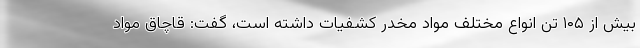
بیش از ۱۰۵ تن انواع مختلف مواد مخدر کشفیات داشته است، گفت: قاچاق مواد